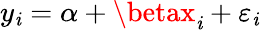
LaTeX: y_{\mathit{i}}=\alpha+\betax_{\mathit{i}}+\varepsilon_{\mathit{i}}